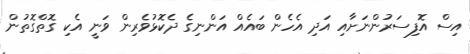
އިސް އޮފިސަރުންނަށާއި އަދި އެހެން ބައެއް އަންނިގެ ދެކޮޅުވެރިން ވަނީ އެކި ގޮތްގޮތުން